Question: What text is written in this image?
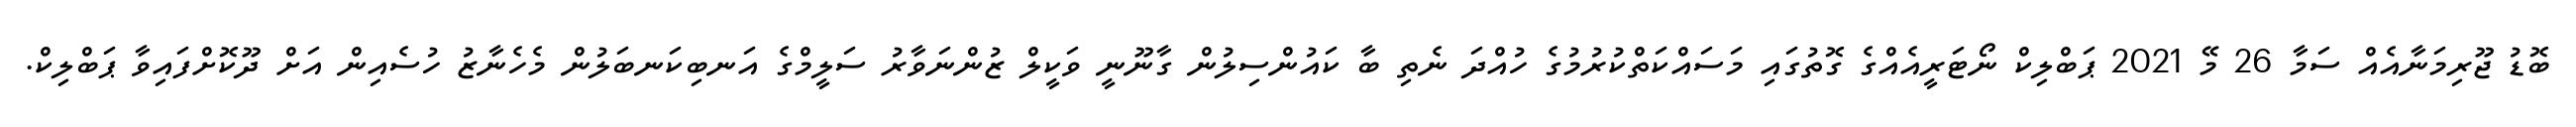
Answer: ބޮޑު ޖޫރިމަނާއެއް ސަމާ 26 މޭ 2021 ޕަބްލިކް ނޯޓަރީއެއްގެ ގޮތުގައި މަސައްކަތްކުރުމުގެ ހުއްދަ ނެތި ބާ ކައުންސިލުން ގާނޫނީ ވަކީލް ޒުންނަވާރު ސަލީމްގެ އަނބިކަނބަލުން މެހެނާޒު ހުސެއިން އަށް ދޫކޮށްފައިވާ ޕަބްލިކް.